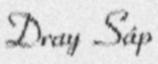
Dray Sáp